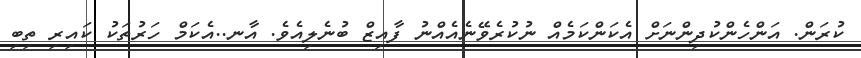
ކުރަން. އަންހެންކުދިންނަށް އެކަންކަމެއް ނުކުރެވޭނެއެއްނު ފާއިޒް ބުނެލިއެވެ. އާނ..އެކަމް ހަރުތަކު ކައިރި ތިބި